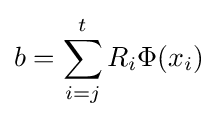
b=\sum _{i=j}^{t}R_{i}\Phi (x_{i})